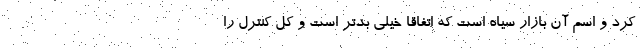
کرد و اسم آن بازار سیاه است که اتفاقا خیلی بدتر است و کل کنترل را